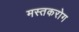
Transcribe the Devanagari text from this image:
मस्तकरोग